Indian journal of veterinary science and animal husbandry - Volume 5,
Year: 1935
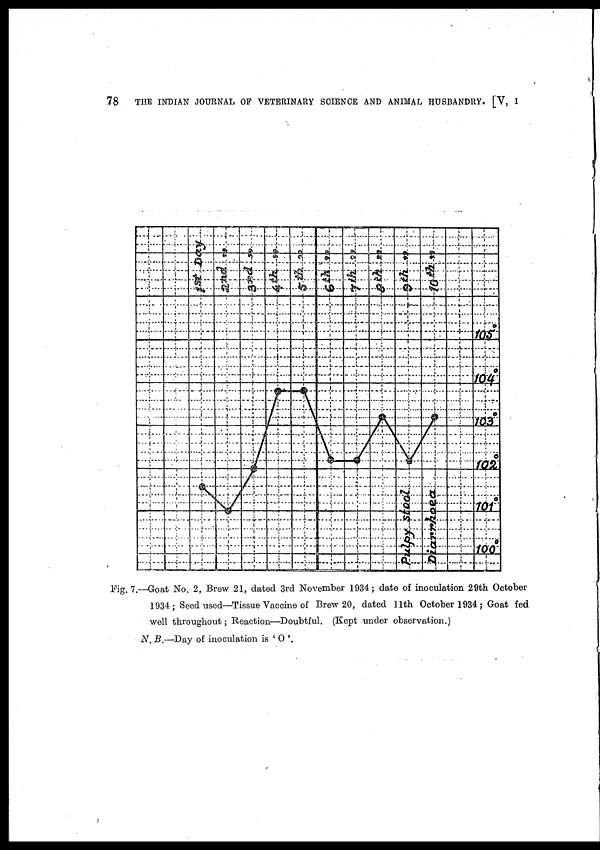
78
THE INDIAN JOURNAL OF VETERINARY SCIENCE AND ANIMAL HUSBANDRY. [V, I
Fig .7.—Goat No. 2, Brew 21, dated 3rd November 1934 ; date of inoculation 29th October
1934; Seed used—Tissue Vaccine of Brew 20, dated 11th October 1934 ; Goat fed
well throughout; Reaction—Doubtful. (Kept under observation.)
N. B.—Day of inoculation is ' O '.